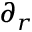
\partial _ { r }